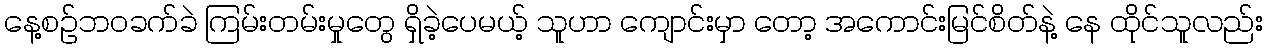
နေ့စဉ်ဘဝခက်ခဲ ကြမ်းတမ်းမှုတွေ ရှိခဲ့ပေမယ့် သူဟာ ကျောင်းမှာ တော့ အကောင်းမြင်စိတ်နဲ့ နေ ထိုင်သူလည်း